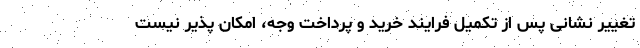
تغییر نشانی پس از تکمیل فرایند خرید و پرداخت وجه، امکان پذیر نیست